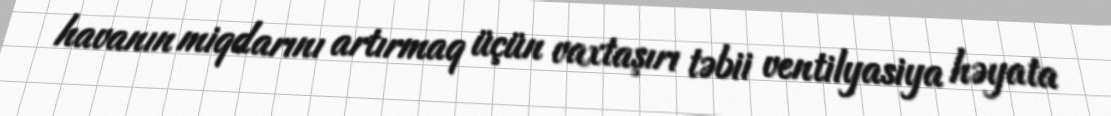
havanın miqdarını artırmaq üçün vaxtaşırı təbii ventilyasiya həyata